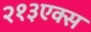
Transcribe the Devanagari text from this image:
२१३एक्स